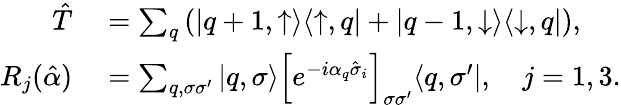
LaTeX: \begin{array}{rl}{\hat{T}}&{{}=\sum_{q}\left(|q+1,\uparrow\rangle\langle\uparrow,q|+|q-1,\downarrow\rangle\langle\downarrow,q|\right),}\\ {R_{j}(\hat{\alpha})}&{{}=\sum_{q,\sigma\sigma^{\prime}}|q,\sigma\rangle\left[e^{-i\alpha_{q}\hat{\sigma}_{i}}\right]_{\sigma\sigma^{\prime}}\langle q,\sigma^{\prime}|,\quad j=1,3.}\end{array}